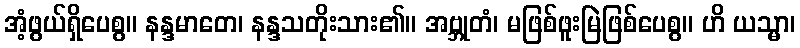
အံ့ဖွယ်ရှိပေစွ။ နန္ဒမာတေ၊ နန္ဒသတိုးသား၏။ အဗ္ဘုတံ၊ မဖြစ်ဖူးမြဲဖြစ်ပေစွ။ ဟိ ယသ္မာ၊